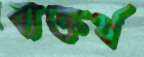
ব্যক্তর্থ